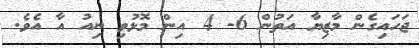
ޖަހައިގެން މާޒިޔާ އަތުން 6- 4 އިން މޮޅުވި ނިއު އާ އެވެ.